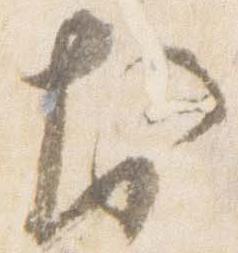
於